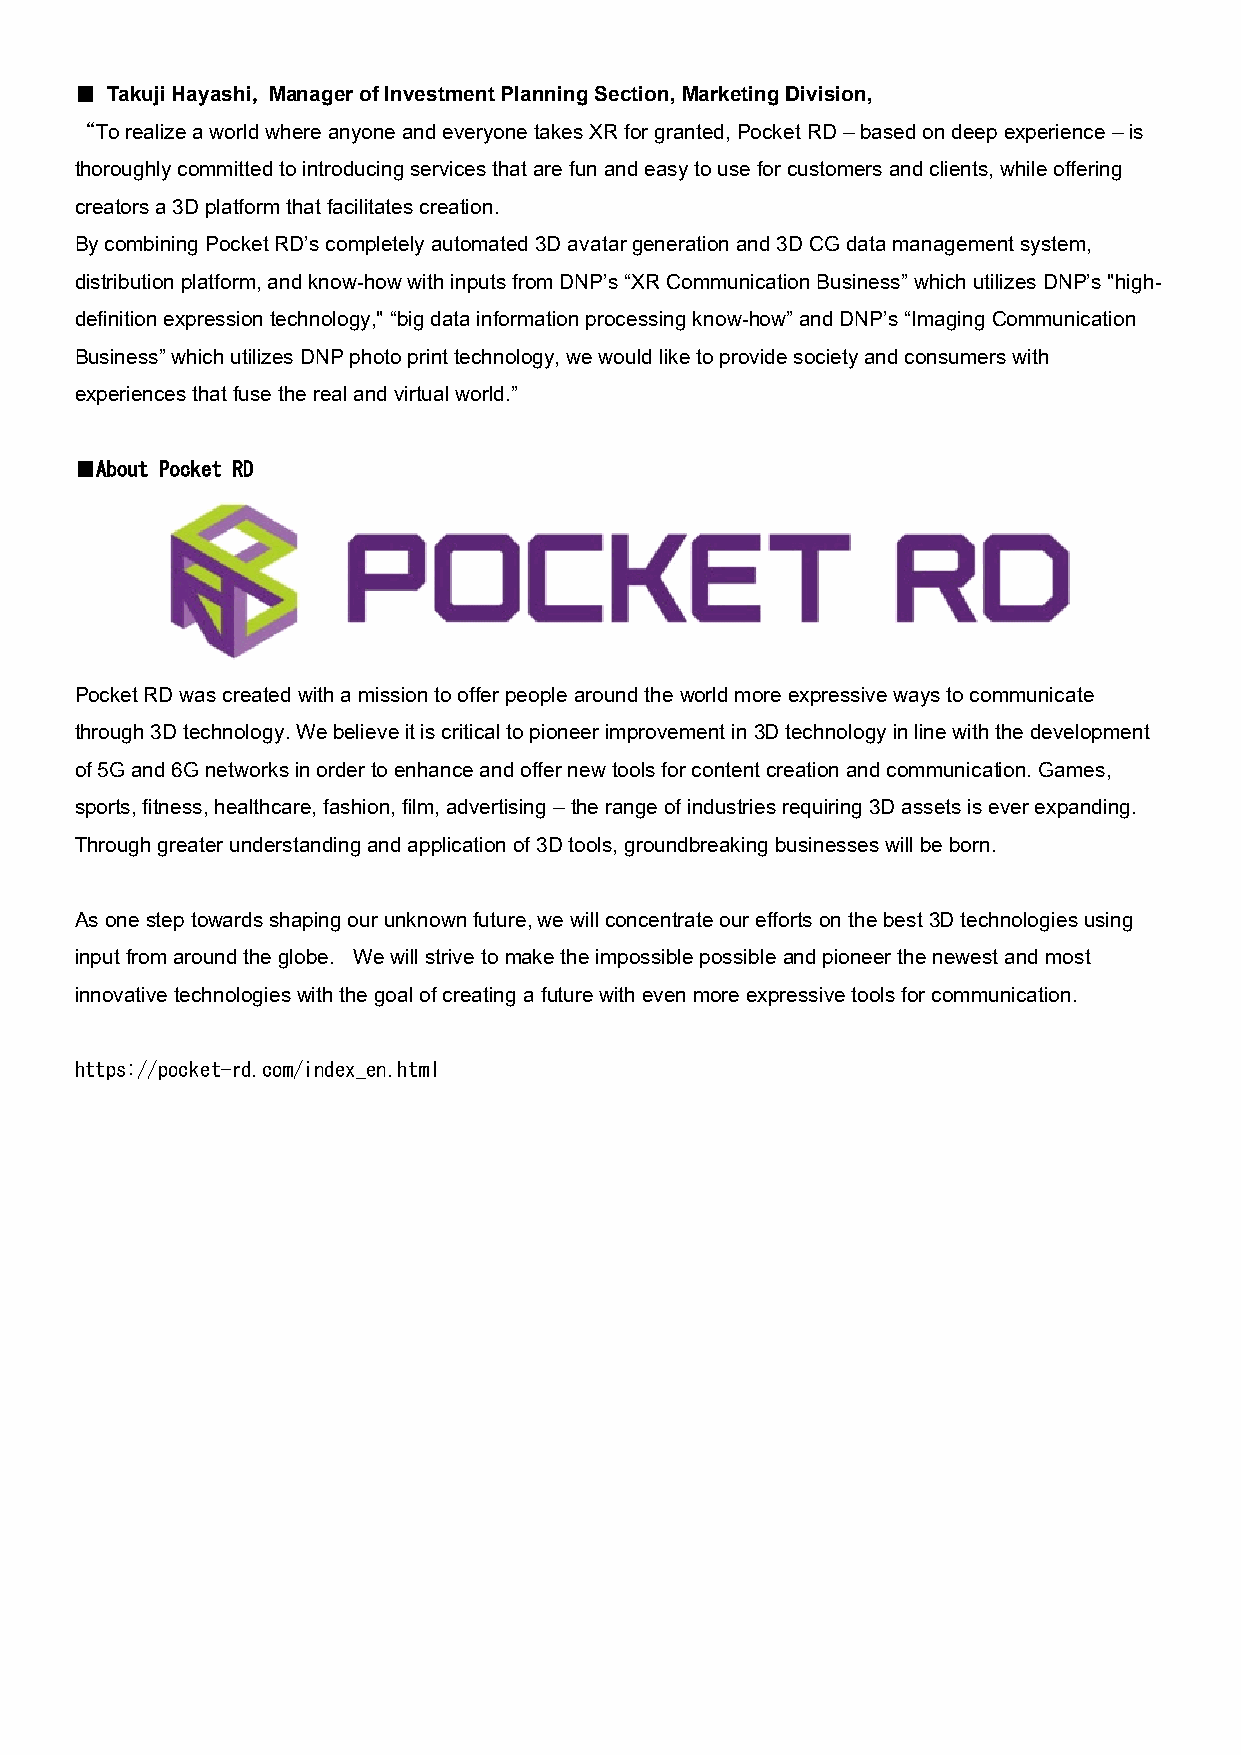
■ Takuji Hayashi, Manager of Investment Planning Section, Marketing Division,
 “To realize a world where anyone and everyone takes XR for granted, Pocket RD – based on deep experience – is
 thoroughly committed to introducing services that are fun and easy to use for customers and clients, while offering
 creators a 3D platform that facilitates creation.
 By combining Pocket RD’s completely automated 3D avatar generation and 3D CG data management system,
 distribution platform, and know-how with inputs from DNP’s “XR Communication Business” which utilizes DNP’s "high-
 definition expression technology," “big data information processing know-how” and DNP’s “Imaging Communication
 Business” which utilizes DNP photo print technology, we would like to provide society and consumers with
 experiences that fuse the real and virtual world.”
 ■About Pocket RD
 Pocket RD was created with a mission to offer people around the world more expressive ways to communicate
 through 3D technology. We believe it is critical to pioneer improvement in 3D technology in line with the development
 of 5G and 6G networks in order to enhance and offer new tools for content creation and communication. Games,
 sports, fitness, healthcare, fashion, film, advertising – the range of industries requiring 3D assets is ever expanding.
 Through greater understanding and application of 3D tools, groundbreaking businesses will be born.
 As one step towards shaping our unknown future, we will concentrate our efforts on the best 3D technologies using
 input from around the globe. We will strive to make the impossible possible and pioneer the newest and most
 innovative technologies with the goal of creating a future with even more expressive tools for communication.
 https://pocket-rd.com/index_en.html